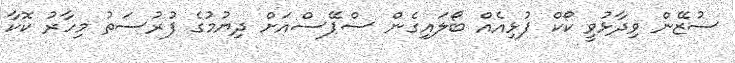
ސުޒޭން ވިދާޅުވީ ކޯކް ފުޅިއެއް ބޯލައިގެން ސްޕޭސްއަށް ދިޔުމުގެ ފުރުސަތު މިހާރު ކޮކާ